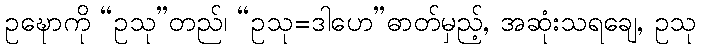
ဥဍ္ဎောကို “ဥသု”တည်၊ “ဥသု=ဒါဟေ”ဓာတ်မှည့်, အဆုံးသရချေ, ဥသု